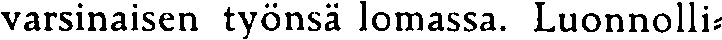
varsinaisen työnsä lomassa. Luonnolli-